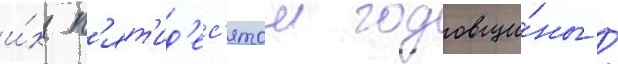
и́х п'ят'ид'ес'ятои годовщи́ны /